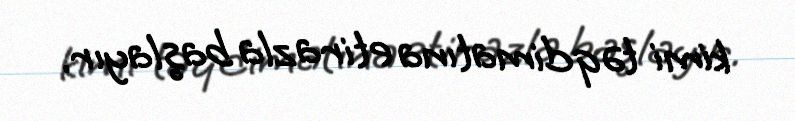
kimi təqdimatına etirazla başlayır.